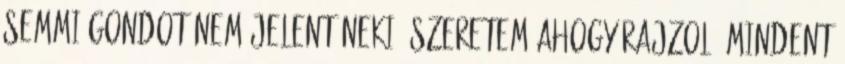
semmi gondot nem jelent neki, szeretem ahogy rajzol, mindent